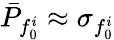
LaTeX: \bar{P}_{f_{0}^{i}}\approx\sigma_{f_{0}^{i}}